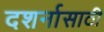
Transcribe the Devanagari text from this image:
दशर्नासाठी